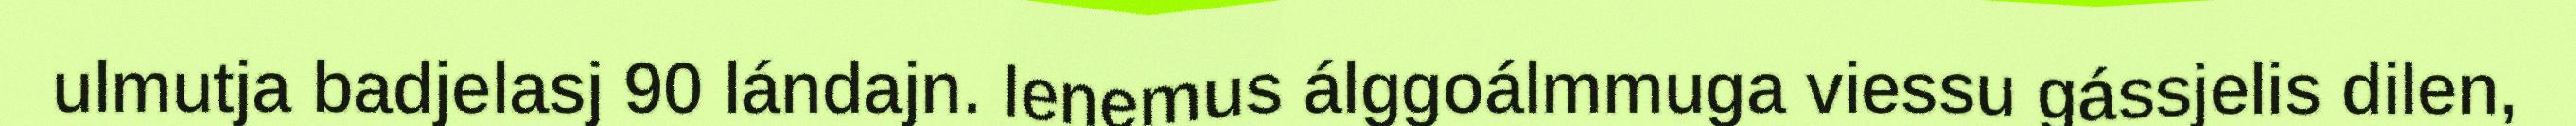
ulmutja badjelasj 90 lándajn. Ienemus álggoálmmuga viessu gássjelis dilen,